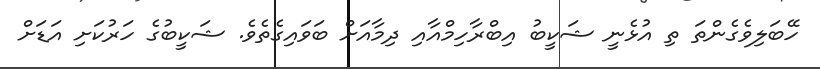
ހޭބަލިވެގެންތަ ތި އުޅެނީ ޝަކީބު އިބްރާހިމްއާއި ދިމާއަށް ބަވައިގެތެވެ. ޝަކީބުގެ ހަރުކަށި އަޑަށް